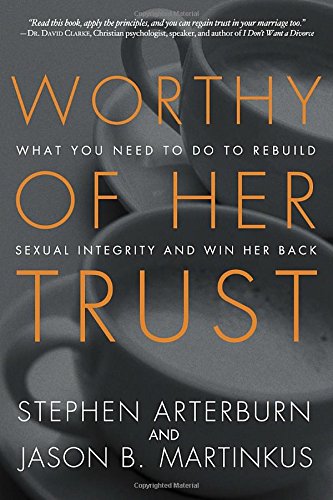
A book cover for Worthy of Her Trust: What You Need to Do to Rebuild Sexual Integrity and Win Her Back; Stephen Arterburn; Health, Fitness & Dieting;